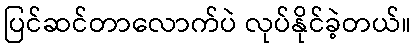
ပြင်ဆင်တာလောက်ပဲ လုပ်နိုင်ခဲ့တယ်။